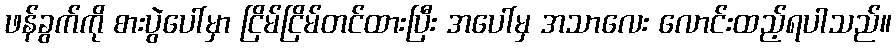
ဖန်ခွက်ကို စားပွဲပေါ်မှာ ငြိမ်ငြိမ်တင်ထားပြီး အပေါ်မှ အသာလေး လောင်းထည့်ရပါသည်။